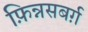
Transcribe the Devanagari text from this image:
फ़िन्नसबर्ग़